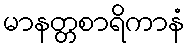
မာနတ္တစာရိကာနံ